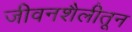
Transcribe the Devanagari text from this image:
जीवनशैलीतून